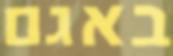
באגם